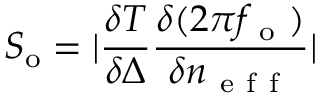
S _ { \mathrm { o } } = | \frac { \delta T } { \delta \Delta } \frac { \delta ( 2 \pi f _ { \mathrm { ~ o ~ } } ) } { \delta n _ { \mathrm { ~ e ~ f ~ f ~ } } } |